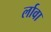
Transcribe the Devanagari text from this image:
र्लावा